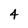
Character: 4